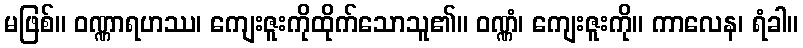
မဖြစ်။ ဝဏ္ဏာရဟဿ၊ ကျေးဇူးကိုထိုက်သောသူ၏။ ဝဏ္ဏံ၊ ကျေးဇူးကို။ ကာလေန၊ ရံခါ။